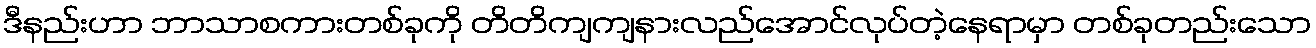
ဒီနည်းဟာ ဘာသာစကားတစ်ခုကို တိတိကျကျနားလည်အောင်လုပ်တဲ့နေရာမှာ တစ်ခုတည်းသော